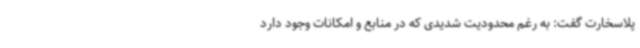
پلاسخارت گفت: به رغم محدودیت شدیدی که در منابع و امکانات وجود دارد